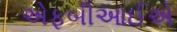
એફબીઆઈએ